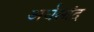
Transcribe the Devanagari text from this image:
अर्धसांद्र